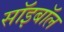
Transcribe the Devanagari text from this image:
सॉइबॉल